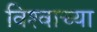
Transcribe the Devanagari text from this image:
विश्‍वाच्‍या